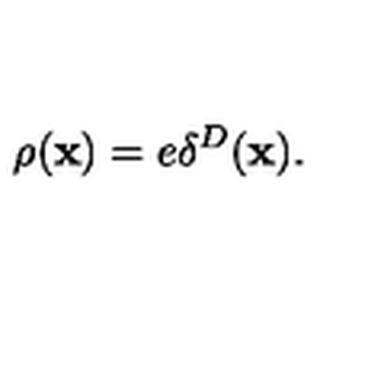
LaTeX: \rho ( { \bf x } ) = e \delta ^ { D } ( { \bf x } ) .